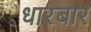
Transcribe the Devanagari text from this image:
धारबार